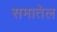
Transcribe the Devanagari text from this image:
समातेल